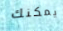
يمكنك